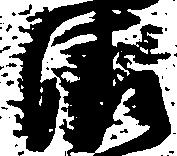
清